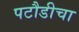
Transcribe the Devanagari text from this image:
पटौडीचा